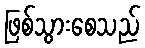
ဖြစ်သွားစေသည်